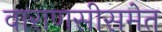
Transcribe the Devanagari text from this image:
वाराणसीसमेत